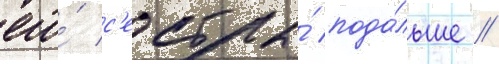
его́ с'естры́ пода́льше //